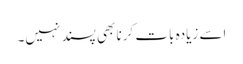
اسے زیادہ بات کرنا بھی پسند نہیں۔